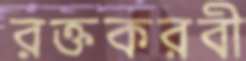
রক্তকরবী